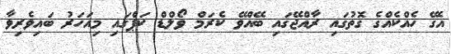
އެގޭ ހެއްކެއްގެ ގޮތުގައި ރާއްޖޭގައި ބޭއްވޭ ކެރަމް ވޯލްޑް ކަޕްގައި މިއަހަރު ބައިވެރިވާ